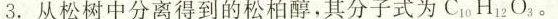
3.从松树中分离得到的松柏醇，其分子式为C_{10}H_{12}O_{3}。